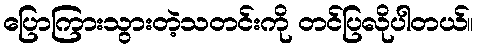
ပြောကြားသွားတဲ့သတင်းကို တင်ပြလိုပါတယ်။